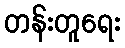
တန်းတူရေး